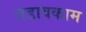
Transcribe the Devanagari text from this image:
जडावकाम